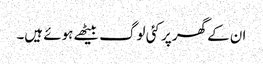
ان کے گھر پر کئی لوگ بیٹھے ہوئے ہیں۔